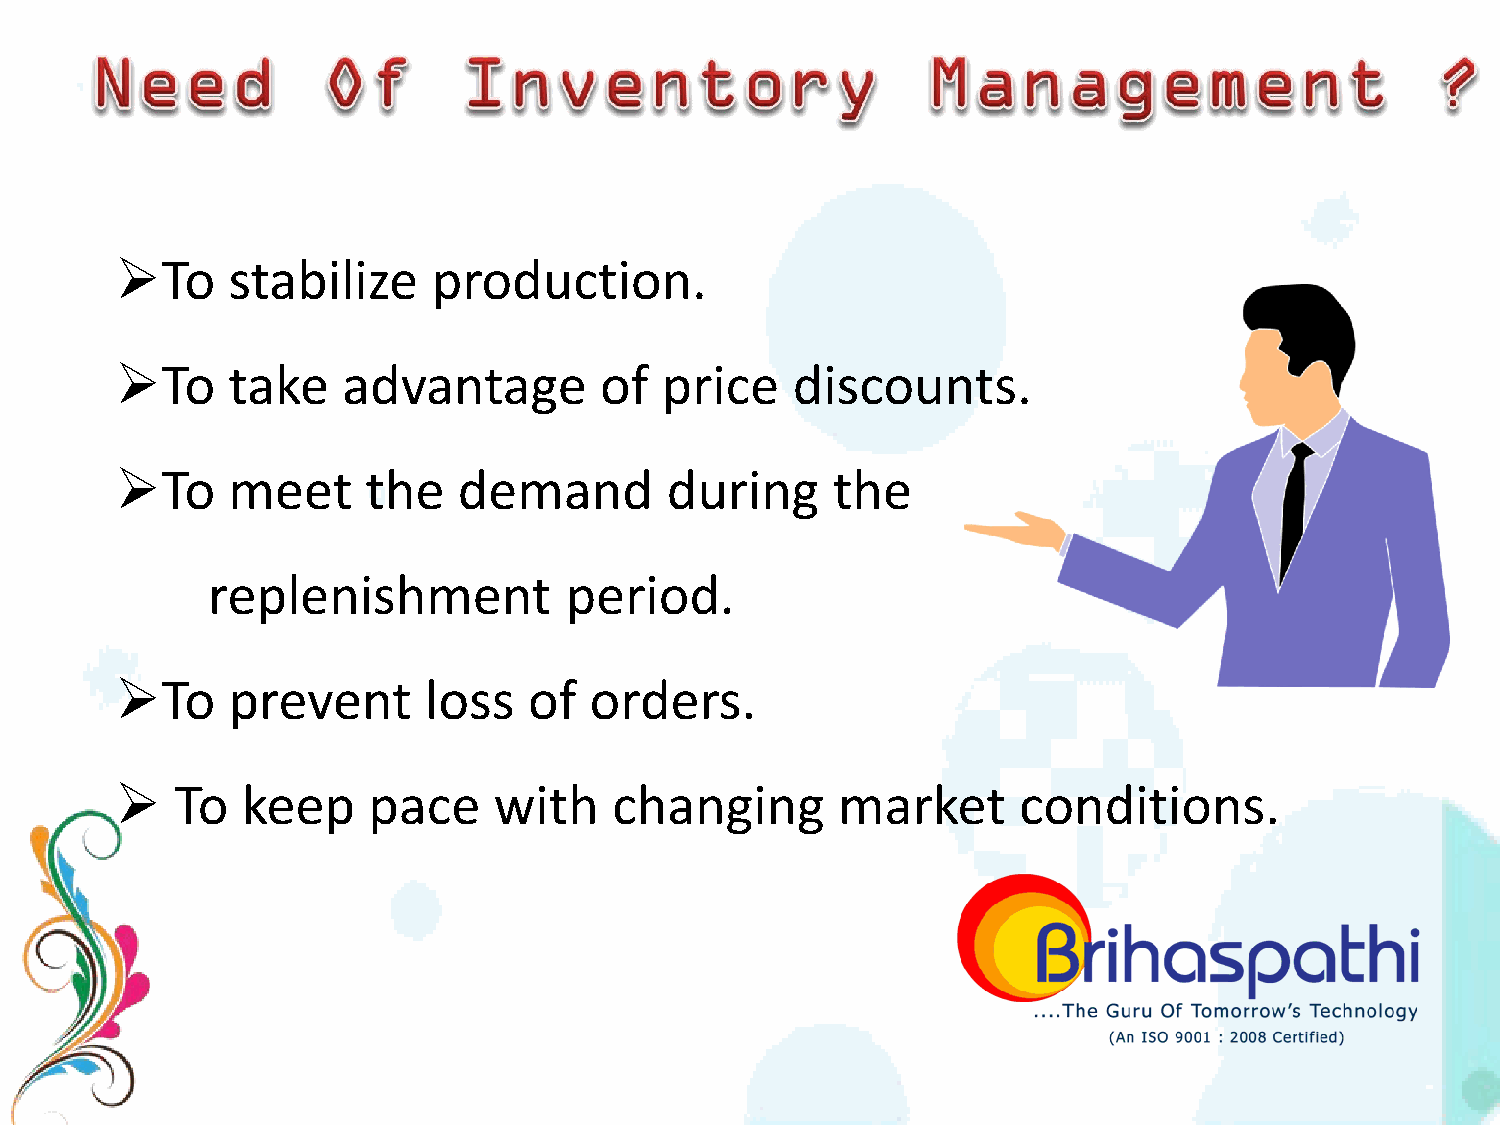
To    stabilize     production.
 To    take    advantage        of  price   discounts.
 To    meet     the   demand        during     the
 replenishment          period.
 To    prevent      loss   of  orders.
    To  keep    pace     with    changing      market      conditions.